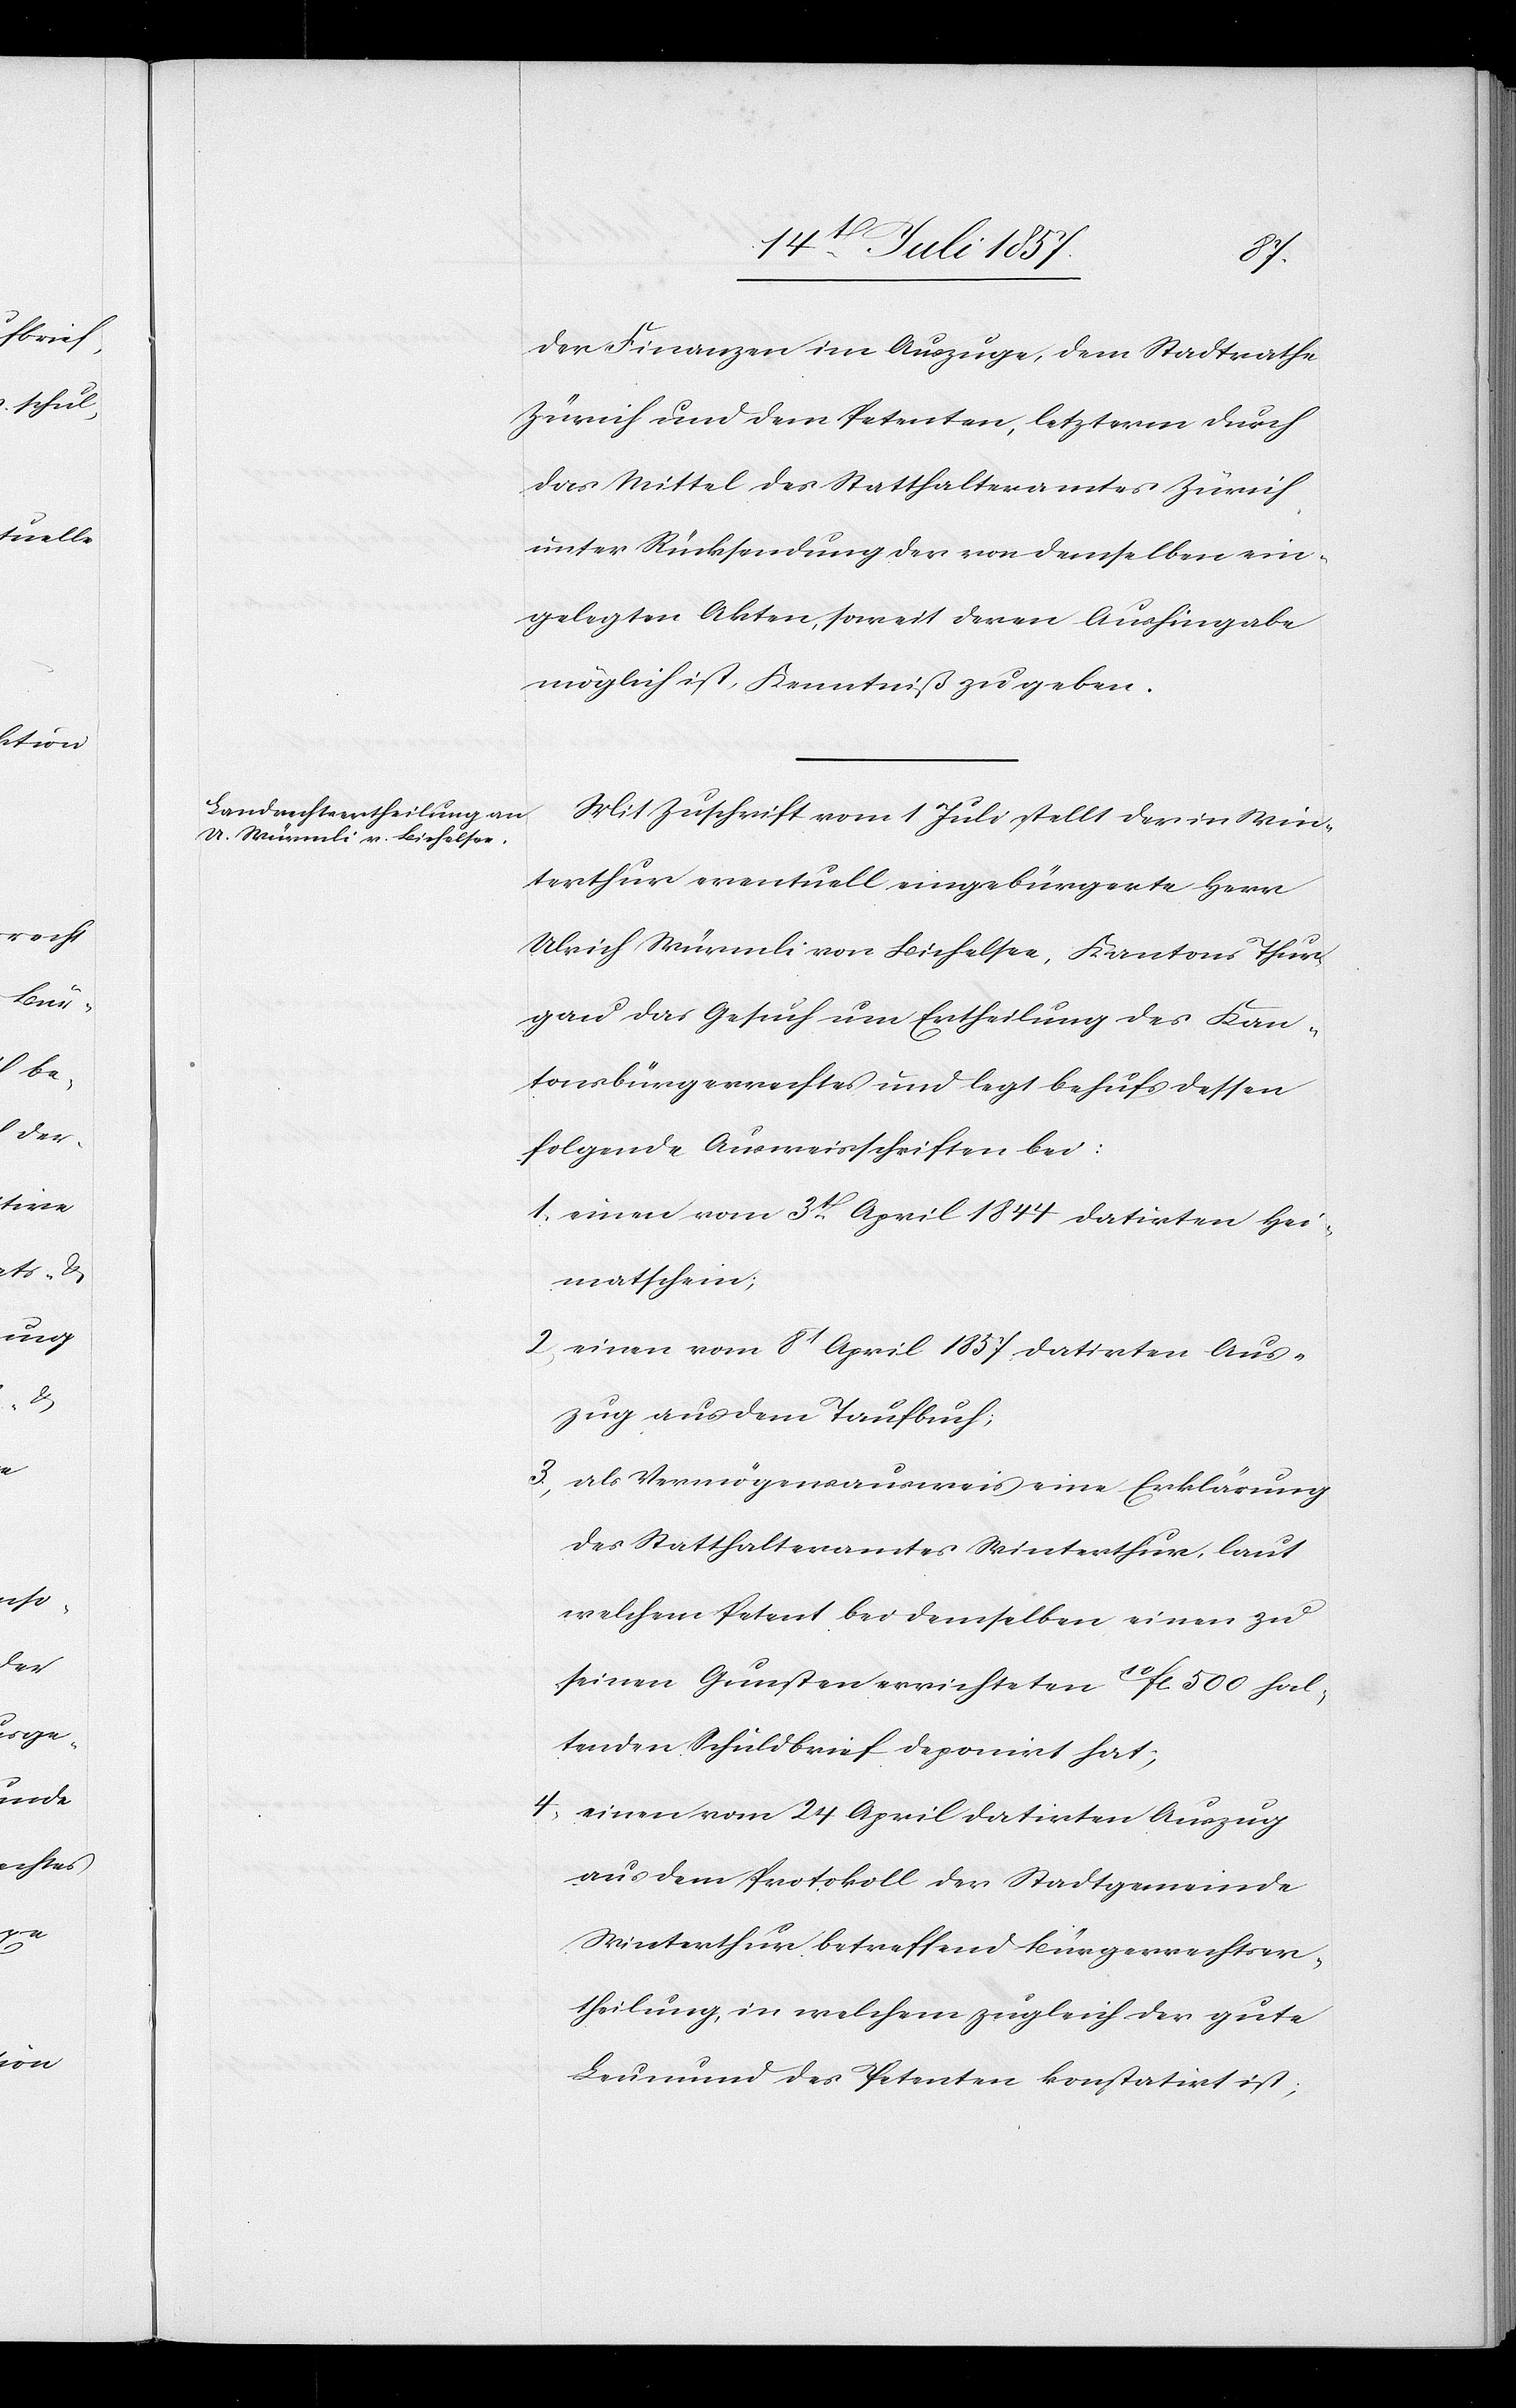
der Finanzen im Auszuge, dem Stadtrathe
Zürich und dem Petenten, letzterm durch
das Mittel des Statthalteramtes Zürich
unter Rücksendung der von demselben ein¬
gelegten Akten, soweit deren Aushingabe
möglich ist, Kenntniß zu geben.
Mit Zuschrift vom 1 Juli stellt der in Win¬
terthur eventuell eingebürgerte Herr
Ulrich Würmli von Bichelsee, Kanton Thur¬
gau das Gesuch um Ertheilung des Kan¬
tonsbürgerrechtes und legt behufs dessen
folgende Ausweisschriften bei:
1. einen vom 3t April 1844 datirten Hei¬
matschein;
2. einen vom 8t April 1857 datirten Aus¬
zug aus dem Taufbuch;
3. als Vermögensausweis eine Erklärung
des Statthalteramtes Winterthur, laut
welchem Petent bei demselben einen zu
seinen Gunsten errichteten 10 fl 500 hal¬
tenden Schuldbrief deponirt hat;
4. einen vom 24 April datirten Auszug
aus dem Protokoll der Stadtgemeinde
Winterthur betreffend Bürgerrechtser¬
theilung in welchem zugleich der gute
Leumund des Petenten konstatirt ist,